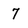
Character: 7